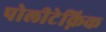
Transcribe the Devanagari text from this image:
पोलीटेक्निक